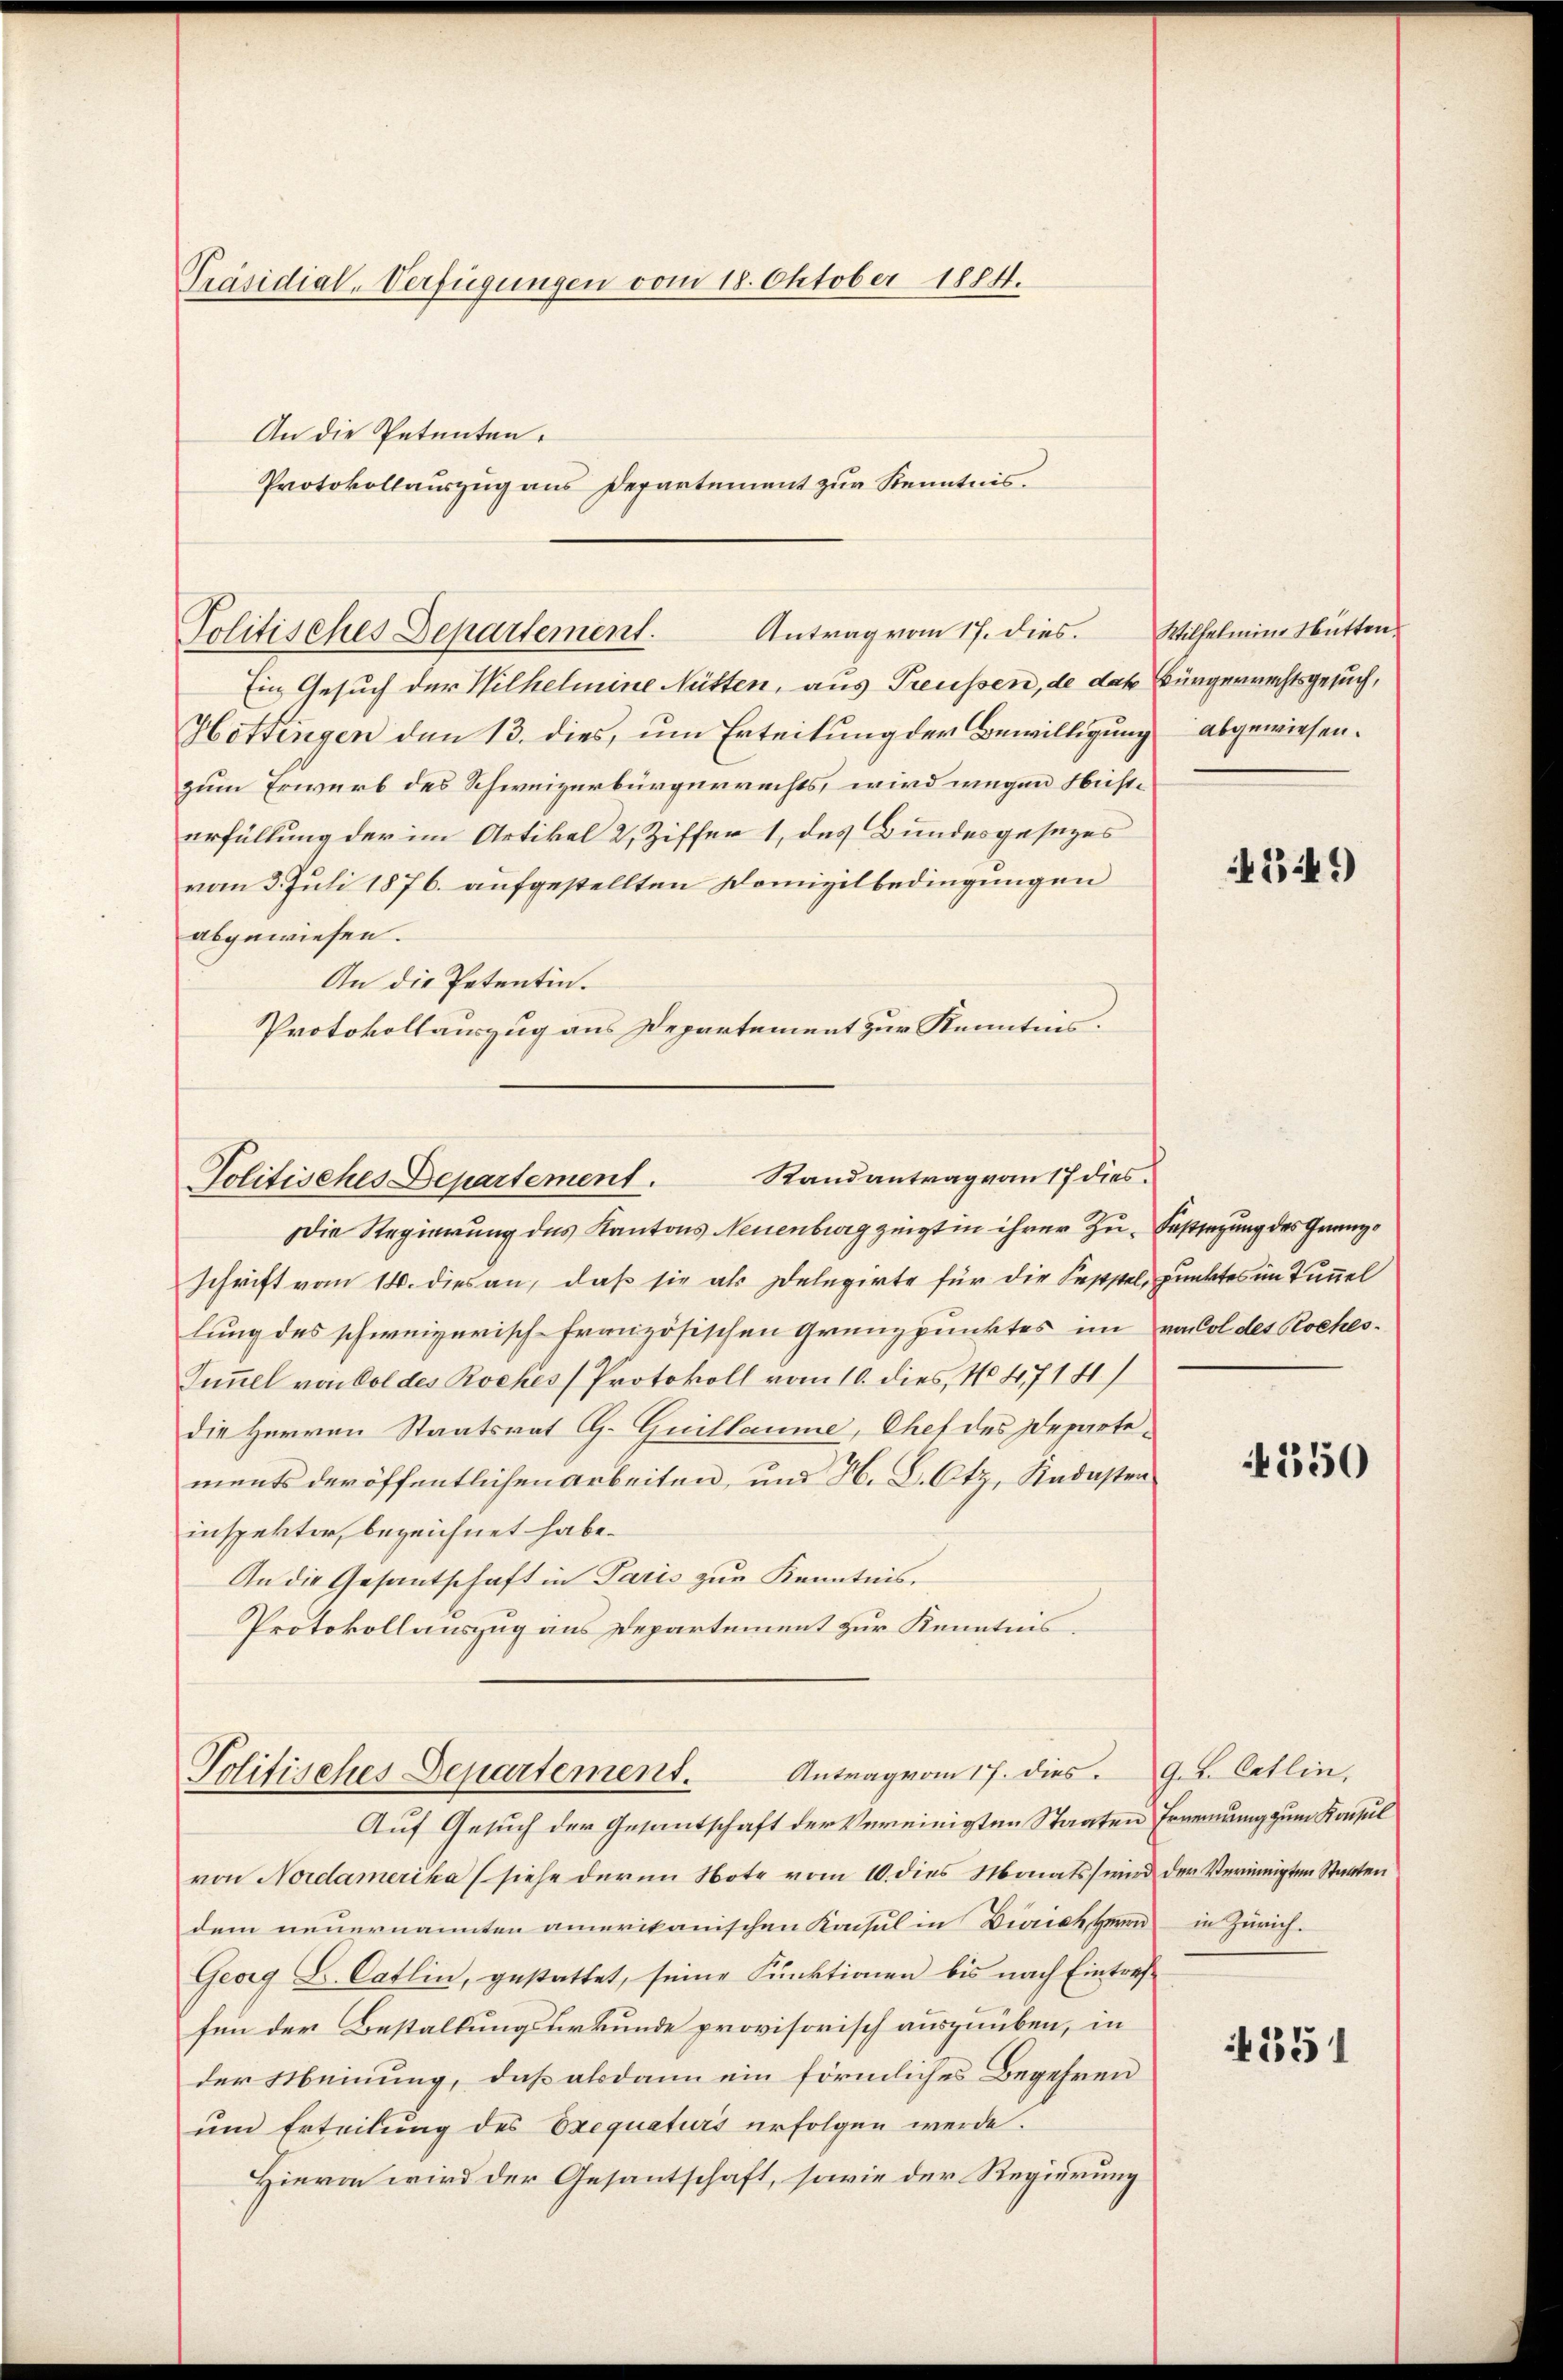
Präsidial-Verfügungen vom 18. Oktober 1884.
An die Petenten.
Protokollauszug aus Departement zur Kenntnis.

Politisches Departement. Antrag vom 17. dies. Wilhelmine Hütten.

Ein Gesuch der Wilhelmine Nütten, aus Treussen, de das Bürgerrechtsgesuch,
Hottingen den 13. dies, um Erteilung der Bewilligung abgewiesen.
zum Erwerb des Schweizerbürgerrechts, wird wegen Neste
erfüllung der im Artikel 2, Ziffer 1, des Bundesgesezes
vom 3. Juli 1876. aufgestellten Domizilbedingungen
abgewiesen.
An die Petentin.
Protokollauszug aus Departement zur Kenntnis.

Politisches Departement. Randantrag vom 17 dies

Die Regierung des Kantons Neuenburg zeigt in ihrer Zu- Fassezung des Granzschrift vom 14. dies an, daß sie als Delegirte für die Sappel, punktes im Tunnel
lung des schweizerisch-französischen Grenzpunktes im von Col des Roches¬
Summel von dol des Roches (Protokoll vom 10. dies, No 47141)
die Herren Staatsrat G. Guillaume, Chef des Departements der öffentlichen Arbeiten, und H. L. Otz, Stadasten
inspektor, bezeichnet habe.
An die Gesantschaft in Paris zur Kenntnis.
Protokollauszug aus Departement zur Kenntnis

Politisches Departement. Antrag vom 17. dies Ges. Cetlin,
Auf Gesuch der Gesantschaft der Vereinigten Staaten Ernennung zum Konsul

von Nordamerika (siehe der im Note vom 10. dies Monats wird der Verinigten Staaten
dem neuernannten amerikanischen Kaisul in Dirich Herrn in Zürich.
Georg L. Catlin, gestattet, seine Funktionen bis nach Eintref-
fen der Bestallungsurkunde provisorisch auszuüben, in
der Meinung, daß alsdann ein förmliches Begehren
un Erteilung des Exequaturs erfolgen werde.
Hievon wird der Gesantschaft, sowie der Regierung

349

4550

351